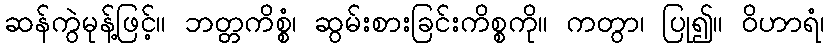
ဆန်ကွဲမုန့်ဖြင့်။ ဘတ္တကိစ္စံ၊ ဆွမ်းစားခြင်းကိစ္စကို။ ကတွာ၊ ပြု၍။ ဝိဟာရံ၊